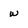
Character: w